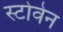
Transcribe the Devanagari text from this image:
स्टोवेन